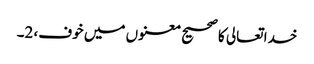
خدا تعالی کا صحیح معنوں میں خوف، 2۔